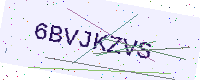
Text: 6BVJKZVS